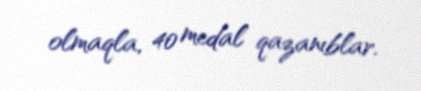
olmaqla, 40 medal qazanıblar.